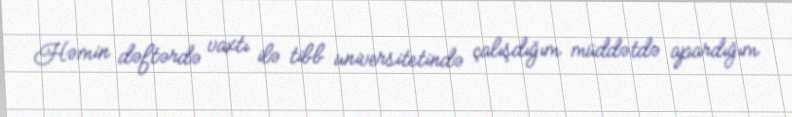
Həmin dəftərdə vaxtı ilə tibb universitetində çalışdığım müddətdə apardığım